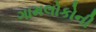
ગામલોકોની